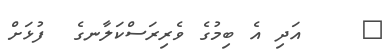
٥    އަދި އެ ބިމުގެ ވެރިރަސްކަލާނގެ  ފުޅަށް